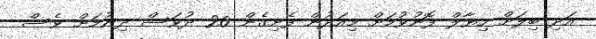
އަދި ބިލަށް ހިޔާލް ފޮނުވުމަށް މިއަދުން ފެށިގެން 20 ދުވަސް ދިނުމަށް ވެސް